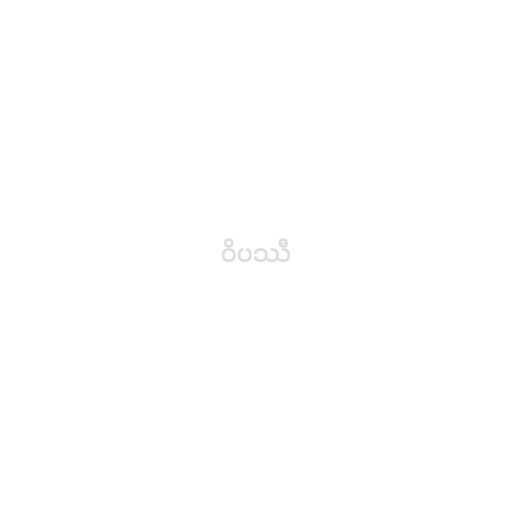
ဝိပဿီ